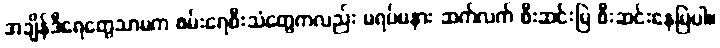
အချိန်ဒီရေတွေသာမက စမ်းရေစီးသံတွေကလည်း မရပ်မနား ဆက်လက် စီးဆင်းမြဲ စီးဆင်းနေမြဲပါ။